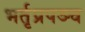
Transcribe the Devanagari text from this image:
भर्तृप्रपञ्च